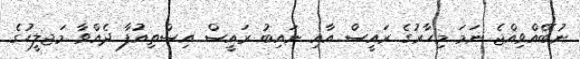
ނުބޭއްވިއްޖެ ނަމަ މިހާރުގެ ރައީސް އާއި ނައިބު ރައީސް އިސްތިއުފާ ދެއްވާ މަޖލީހުގެ